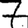
Digit: 7